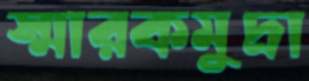
স্মারকমুদ্রা